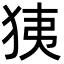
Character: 㹫